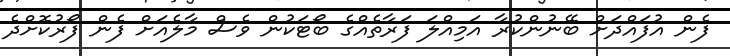
ފެން އުފައްދަށް ބޭނުންކުރާ އަމިއްލަ ފަރާތެއްގެ ބޯޓަކުން ވެސް މާލެއަށް ފެން ފޯރުކޮށްދެ